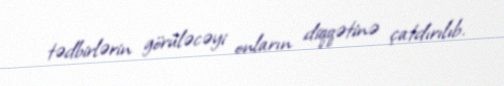
tədbirlərin görüləcəyi onların diqqətinə çatdırılıb.